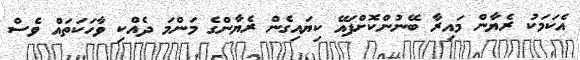
އެކަމަކު ރެޔާން މައިރާ ބޭނުންކޮށްފައޭ ކިޔައިގެން ރެޔާންގެ މަންމަ ދެއްކި ވާހަކަތައް ވެސް